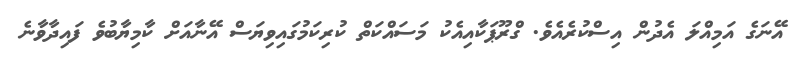
އޭނަގެ އަމިއްލަ އެދުން އިސްކުރެއެވެ. ގްރޫޕަކާއިއެކު މަސައްކަތް ކުރިކަމުގައިވިޔަސް އޭނާއަށް ކާމިޔާބުވެ ފައިދާވާނެ